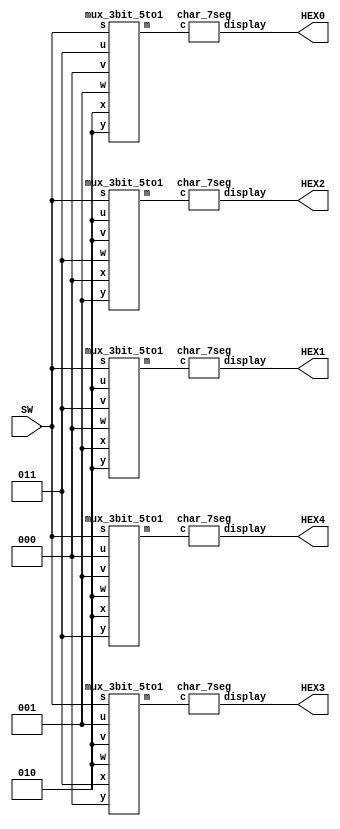
module ex2_4 (SW, HEX0, HEX1, HEX2, HEX3, HEX4);
    input [2:0] SW;
    output [6:0] HEX0, HEX1, HEX2, HEX3, HEX4;
    wire [2:0] o0, o1, o2, o3, o4;
    wire [2:0] h=3'b000, e=3'b001, l=3'b010, o=3'b011, blk=3'b100;

    mux_3bit_5to1 m4(SW, h, e, l, l, o, o4);
    char_7seg c4(o4, HEX4);
    mux_3bit_5to1 m3(SW, e, l, l, o, h, o3);
    char_7seg c3(o3, HEX3); 
    mux_3bit_5to1 m2(SW, l, l, o, h, e, o2);
    char_7seg c2(o2, HEX2);    
    mux_3bit_5to1 m1(SW, l, o, h, e, l, o1);
    char_7seg c1(o1, HEX1);    
    mux_3bit_5to1 m0(SW, o, h, e, l, l, o0);
    char_7seg c0(o0, HEX0);
endmodule


// 000 => H
// 001 => E
// 010 => L
// 011 => O
// 1xx => blank
module char_7seg(c, display);
    input [2:0] c;
    output [6:0] display;

    assign display[0] = c[2] | !c[0];
    assign display[1] = c[2] | c[1] ^ c[0];
    assign display[2] = c[2] | c[1] ^ c[0];
    assign display[3] = c[2] | ~c[1] & ~c[0];
    assign display[4] = c[2];
    assign display[5] = c[2];
    assign display[6] = c[2] | c[1];
endmodule

// s   => m
// 000 => u
// 001 => v
// 010 => w
// 011 => x
// 1xx => y
module mux_3bit_5to1(s, u, v, w, x, y, m);
    input [2:0] s;
    input [2:0] u,v,w,x,y;
    output [2:0] m;

    wire [2:0] o0, o1, o2;
    mux_3bit_2to1 m0(s[0], u, v, o0);
    mux_3bit_2to1 m1(s[0], w, x, o1);
    mux_3bit_2to1 m2(s[1], o0, o1, o2);
    mux_3bit_2to1 m3(s[2], o2, y, m);
endmodule

// s => m
// 0 => x
// 1 => y
module mux_3bit_2to1(s, x, y, m);
    input s;
    input [2:0] x, y;
    output [2:0] m;
    assign m = ({3{~s}} & x) | ({3{s}} & y);
endmodule